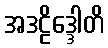
အဒဠိဒ္ဒေါတိ